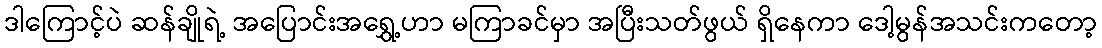
ဒါကြောင့်ပဲ ဆန်ချိုရဲ့ အပြောင်းအရွှေ့ဟာ မကြာခင်မှာ အပြီးသတ်ဖွယ် ရှိနေကာ ဒေါ့မွန်အသင်းကတော့